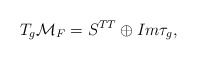
\begin{align*}T_g{\cal M}_F=S^{TT}\oplus Im\tau_g,\end{align*}